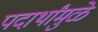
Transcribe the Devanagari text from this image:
पदार्थांमुळे